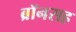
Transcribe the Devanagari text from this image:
ब्रॉनसह